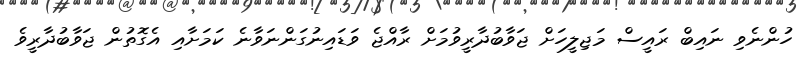
ހުންނެވި ނައިބް ރައީސް މަޖިލީހަށް ޖަވާބުދާރީވުމަށް ރާއްޖެ ވަޑައިނުގަންނަވާނެ ކަމަށާއި އެގޮތުން ޖަވާބުދާރީވެ